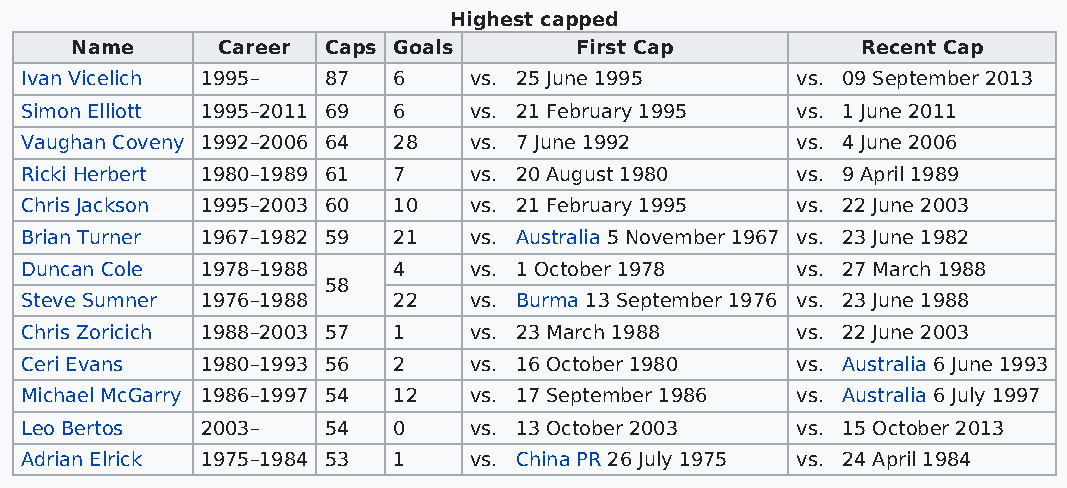
Highest capped
 Name     Career Caps Goals       First Cap          Recent Cap
 Ivan Vicelich 1995– 87   6    vs. 25 June 1995      vs. 09 September 2013
 Simon Elliott 1995–2011 69 6  vs. 21 February 1995  vs. 1 June 2011
 Vaughan Coveny 1992–2006 64 28 vs. 7 June 1992      vs. 4 June 2006
 Ricki Herbert 1980–1989 61 7  vs. 20 August 1980    vs. 9 April 1989
 Chris Jackson 1995–2003 60 10 vs. 21 February 1995  vs. 22 June 2003
 Brian Turner 1967–1982 59 21  vs. Australia 5 November 1967 vs. 23 June 1982
 Duncan Cole 1978–1988    4    vs. 1 October 1978    vs. 27 March 1988
 58
 Steve Sumner 1976–1988   22   vs. Burma 13 September 1976 vs. 23 June 1988
 Chris Zoricich 1988–2003 57 1 vs. 23 March 1988     vs. 22 June 2003
 Ceri Evans  1980–1993 56 2    vs. 16 October 1980   vs. Australia 6 June 1993
 Michael McGarry 1986–1997 54 12 vs. 17 September 1986 vs. Australia 6 July 1997
 Leo Bertos  2003–   54   0    vs. 13 October 2003   vs. 15 October 2013
 Adrian Elrick 1975–1984 53 1  vs. China PR 26 July 1975 vs. 24 April 1984